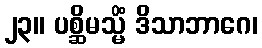
၂၃။ ပစ္ဆိမသ္မိံ ဒိသာဘာဂေ၊